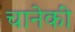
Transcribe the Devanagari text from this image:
चानेकी